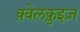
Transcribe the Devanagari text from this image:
क़्वेलक़ुइज़